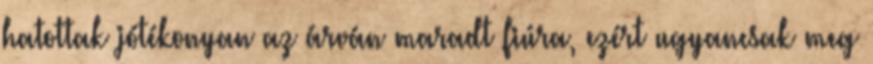
hatottak jótékonyan az árván maradt fiúra, ezért ugyancsak meg